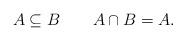
LaTeX: \begin{align*}A \subseteq B ~~~~~~A \cap B =A.\end{align*}